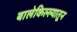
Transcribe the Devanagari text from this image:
बालेकिल्ल्यातून